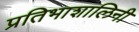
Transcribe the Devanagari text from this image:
प्रतिभाशालिनी